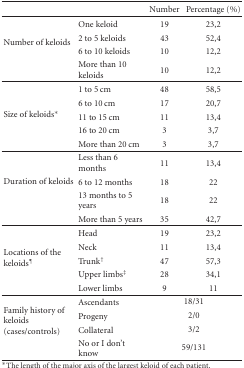
<table><thead><tr><td><b> </b></td><td><b> </b></td><td><b>Number</b></td><td><b>Percentage (%)</b></td></tr></thead><tbody><tr><td rowspan="4">Number of keloids</td><td>One keloid</td><td>19</td><td>23,2</td></tr><tr><td>2 to 5 keloids</td><td>43</td><td>52,4</td></tr><tr><td>6 to 10 keloids</td><td>10</td><td>12,2</td></tr><tr><td>More than 10 keloids</td><td>10</td><td>12,2</td></tr><tr><td rowspan="5">Size of keloids*</td><td>1 to 5 cm</td><td>48</td><td>58,5</td></tr><tr><td>6 to 10 cm</td><td>17</td><td>20,7</td></tr><tr><td>11 to 15 cm</td><td>11</td><td>13,4</td></tr><tr><td>16 to 20 cm</td><td>3</td><td>3,7</td></tr><tr><td>More than 20 cm</td><td>3</td><td>3,7</td></tr><tr><td rowspan="4">Duration of keloids</td><td>Less than 6 months</td><td>11</td><td>13,4</td></tr><tr><td>6 to 12 months</td><td>18</td><td>22</td></tr><tr><td>13 months to 5 years</td><td>18</td><td>22</td></tr><tr><td>More than 5 years</td><td>35</td><td>42,7</td></tr><tr><td rowspan="5">Locations of the keloids<sup>¶</sup></td><td>Head</td><td>19</td><td>23,2</td></tr><tr><td>Neck</td><td>11</td><td>13,4</td></tr><tr><td>Trunk<sup>†</sup></td><td>47</td><td>57,3</td></tr><tr><td>Upper limbs<sup>‡</sup></td><td>28</td><td>34,1</td></tr><tr><td>Lower limbs</td><td>9</td><td>11</td></tr><tr><td rowspan="4">Family history of keloids(cases/controls)</td><td>Ascendants</td><td colspan="2">18/31</td></tr><tr><td>Progeny</td><td colspan="2">2/0</td></tr><tr><td>Collateral</td><td colspan="2">3/2</td></tr><tr><td>No or I don&#x27;t know</td><td colspan="2">59/131</td></tr></tbody></table>